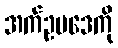
အက်ဥပဒေကို